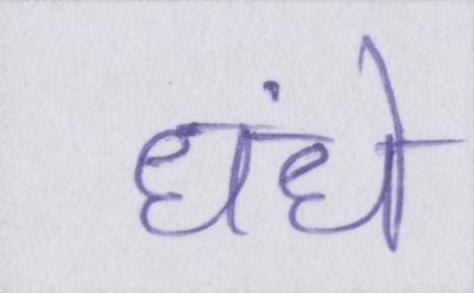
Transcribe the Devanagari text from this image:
धंधे